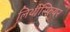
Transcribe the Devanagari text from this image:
लिथोस्फ़ियर